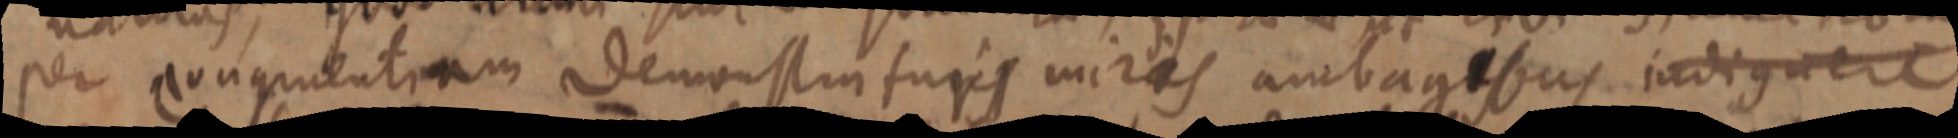
per congruentiam demonstraturs miris ambagebus indignere